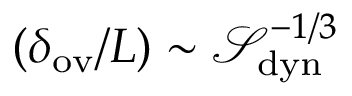
( \delta _ { \mathrm { o v } } / L ) \sim \ensuremath { \mathcal { S } } _ { \mathrm { d y n } } ^ { - 1 / 3 }